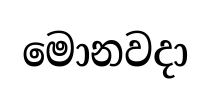
මොනවදා